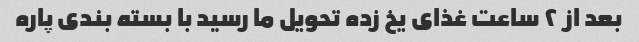
بعد از ۲ ساعت غذای یخ زده تحویل ما رسید با بسته بندی پاره